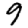
Digit: 9